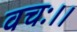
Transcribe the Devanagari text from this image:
वचः।।